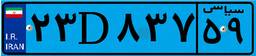
۲۳D۸۳۷۵۹